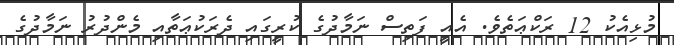
މުޅިއެކު 12 ރަކްޢަތެވެ. އެއީ ފަތިސް ނަމާދުގެ ކުރީގައި ދެރަކުޢަތާއި މެންދުރު ނަމާދުގެ